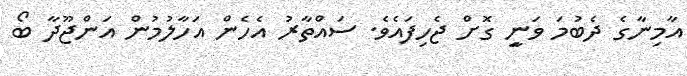
އާމިނާގެ ދެބުމަ ވަނިީ ގޮށް ޖެހިފައެވެ. ސައްތާރު އެހެން އަހާލުމުން އަންޖޫދާ ބޯ